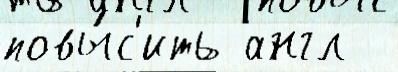
повы́с'ить англ